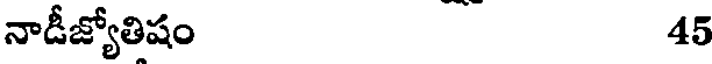
నాడీజ్యోతిషం 45